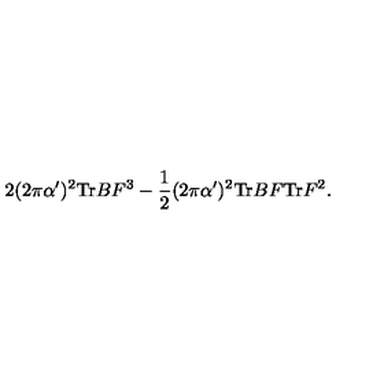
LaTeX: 2 ( 2 \pi \alpha ^ { \prime } ) ^ { 2 } \mathrm { T r } B F ^ { 3 } - \frac { 1 } { 2 } ( 2 \pi \alpha ^ { \prime } ) ^ { 2 } \mathrm { T r } B F \mathrm { T r } F ^ { 2 } .